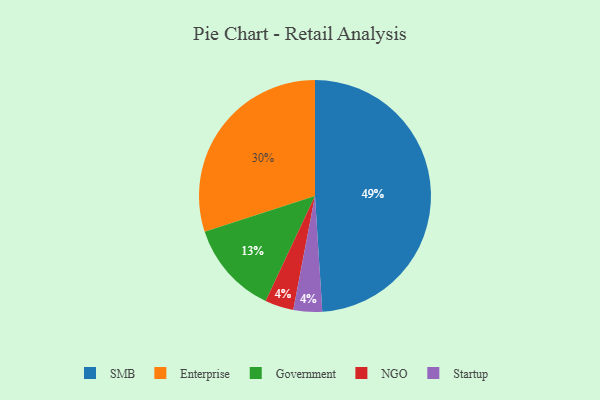
{"axis": {"x": "Category", "y": "Percentage"}, "legend": ["Enterprise", "Government", "NGO", "SMB", "Startup"], "data": [{"x": "Government", "y": 13, "type": "Government"}, {"x": "Enterprise", "y": 30, "type": "Enterprise"}, {"x": "NGO", "y": 4, "type": "NGO"}, {"x": "Startup", "y": 4, "type": "Startup"}, {"x": "SMB", "y": 49, "type": "SMB"}]}